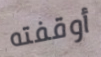
أوقفته